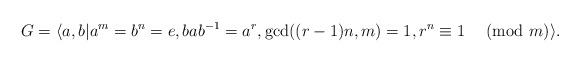
LaTeX: \begin{align*} G=\langle a,b|a^m=b^n=e, bab^{-1}=a^r, \gcd((r-1)n,m)=1,r^n\equiv 1 \;\pmod m\rangle. \end{align*}